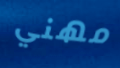
مهني